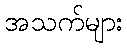
အသက်များ